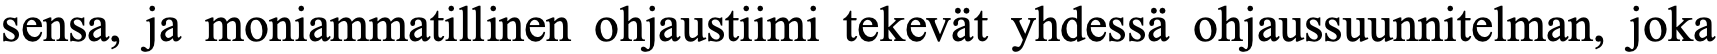
sensa, ja moniammatillinen ohjaustiimi tekevät yhdessä ohjaussuunnitelman, joka